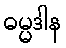
ဓမ္မဒါန